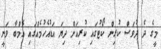
މީގެ ދެ ދުވަސް ކުރިން ކޯޓުގައި ކުރިއަށް ދިޔަ އަޑުއެހުމެއްގައި އެމްބާ ވަނީ